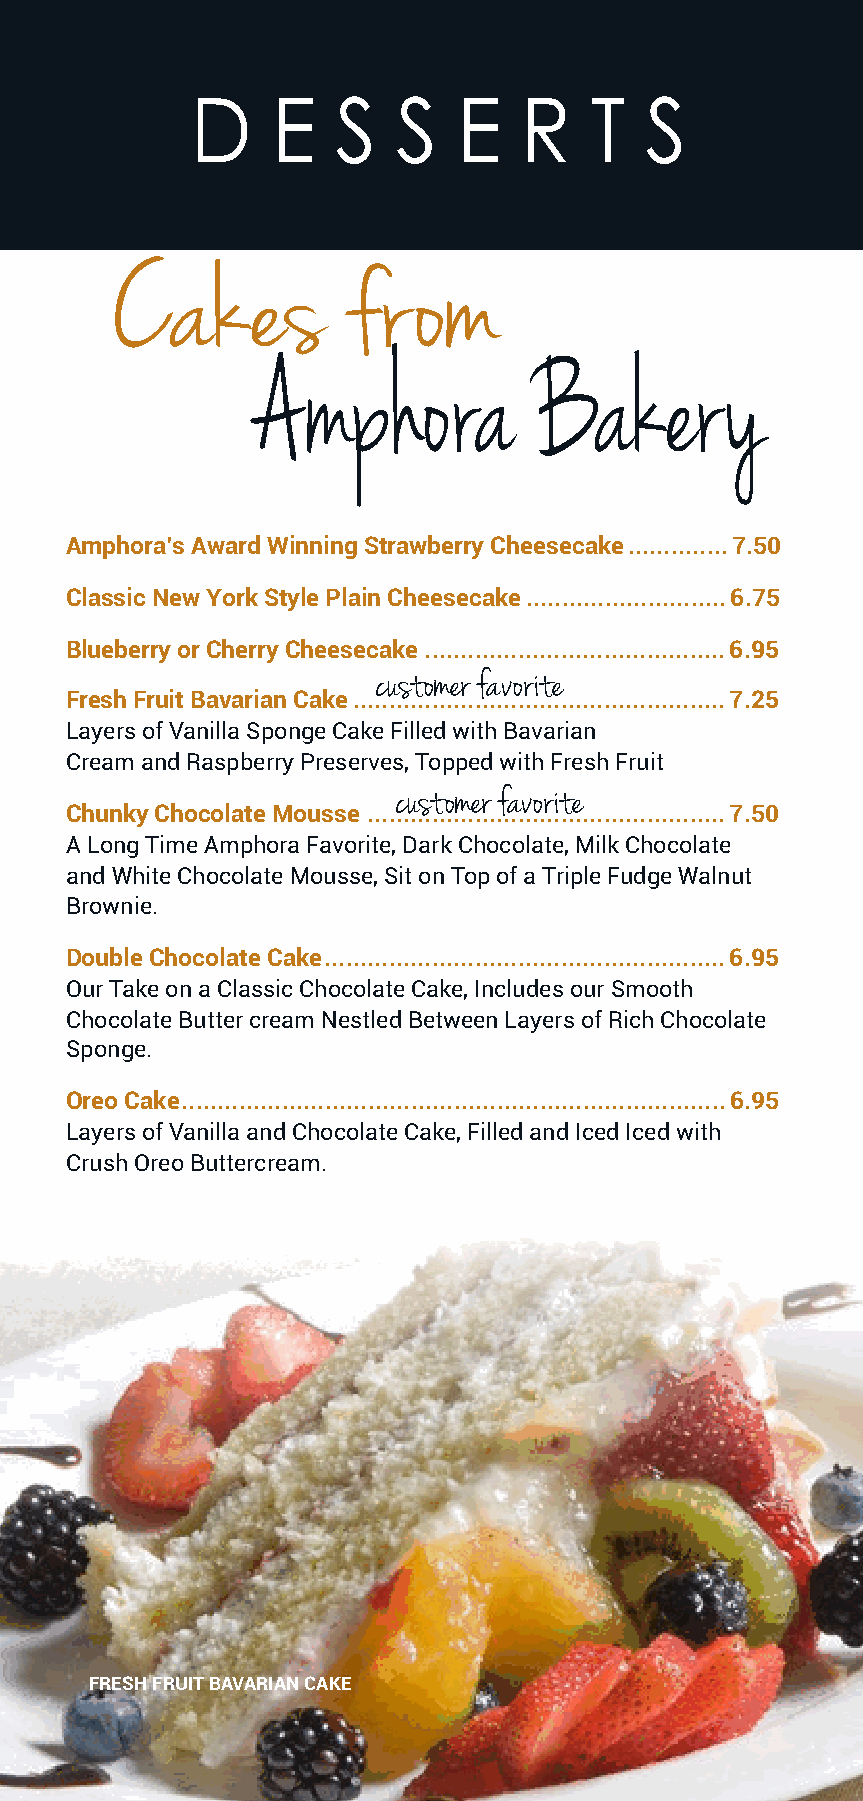
D    E   S   S   E   R    T   S
 Cakes           fr   om
 Amphora           Bakery
 Amphora’s Award Winning Strawberry Cheesecake .............. 7.50
 Classic New York Style Plain Cheesecake ............................ 6.75
 Blueberry or Cherry Cheesecake ..........................................6.95
 customer favorite
 Fresh Fruit Bavarian Cake ....................................................7.25
 Layers of Vanilla Sponge Cake Filled with Bavarian
 Cream and Raspberry Preserves, Topped with Fresh Fruit
 customer favorite
 Chunky Chocolate Mousse .................................................. 7.50
 A Long Time Amphora Favorite, Dark Chocolate, Milk Chocolate
 and White Chocolate Mousse, Sit on Top of a Triple Fudge Walnut
 Brownie.
 Double Chocolate Cake ........................................................6.95
 Our Take on a Classic Chocolate Cake, Includes our Smooth
 Chocolate Butter cream Nestled Between Layers of Rich Chocolate
 Sponge.
 Oreo Cake ............................................................................ 6.95
 Layers of Vanilla and Chocolate Cake, Filled and Iced Iced with
 Crush Oreo Buttercream.
 FRESH FRUIT BAVARIAN CAKE
 32
 DEC 2021